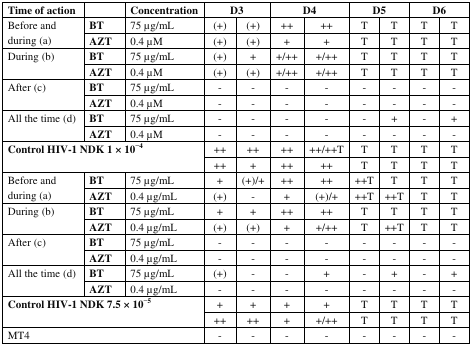
| Time of action |  | Concentration | <COLSPAN=2> D3 | <COLSPAN=2> D4 | <COLSPAN=2> D5 | <COLSPAN=2> D6 |
 | --- | --- | --- | --- | --- | --- | --- | --- | --- | --- | --- |
 | <ROWSPAN=2> Before and during (a) | BT | 75 μg/mL | (+) | (+) | ++ | ++ | T | T | T | T |
 | AZT | 0.4 μM | (+) | (+) | + | + | T | T | T | T |
 | <ROWSPAN=2> During (b) | BT | 75 μg/mL | (+) | + | +/++ | +/++ | T | T | T | T |
 | AZT | 0.4 μM | (+) | (+) | +/++ | +/++ | T | T | T | T |
 | <ROWSPAN=2> After (c) | BT | 75 μg/mL | - | - | - | - | - | - | - | - |
 | AZT | 0.4 μM | - | - | - | - | - | - | - | - |
 | <ROWSPAN=2> All the time (d) | BT | 75 μg/mL | - | - | - | - | - | + | - | + |
 | AZT | 0.4 μM | - | - | - | - | - | - | - | - |
 | <ROWSPAN=2-COLSPAN=3> Control HIV-1 NDK 1 × 10−4 | ++ | ++ | ++ | ++/++T | T | T | T | T |
 | ++ | + | ++ | ++ | T | T | T | T |
 | <ROWSPAN=2> Before and during (a) | BT | 75 μg/mL | + | (+)/+ | ++ | ++ | ++T | T | T | T |
 | AZT | 0.4 μg/mL | (+) | - | + | (+)/+ | ++T | ++T | T | T |
 | <ROWSPAN=2> During (b) | BT | 75 μg/mL | + | + | ++ | ++ | T | T | T | T |
 | AZT | 0.4 μg/mL | (+) | (+) | + | +/++ | T | ++T | T | T |
 | <ROWSPAN=2> After (c) | BT | 75 μg/mL | - | - | - | - | - | - | - | - |
 | AZT | 0.4 μg/mL | - | - | - | - | - | - | - | - |
 | <ROWSPAN=2> All the time (d) | BT | 75 μg/mL | (+) | - | - | + | - | + | - | + |
 | AZT | 0.4 μg/mL | - | - | - | - | - | - | - | - |
 | <ROWSPAN=2-COLSPAN=3> Control HIV-1 NDK 7.5 × 10−5 | + | + | + | + | T | T | T | T |
 | ++ | ++ | + | +/++ | T | T | T | T |
 | <COLSPAN=3> MT4 | - | - | - | - | - | - | - | - |